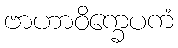
ဗာဟာဝိက္ခေပကံ